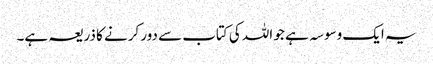
یہ ایک وسوسہ ہے جو اللہ کی کتاب سے دور کرنے کا ذریعہ ہے۔